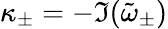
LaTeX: \kappa_{\pm}=-\Im(\tilde{\omega}_{\pm})